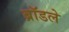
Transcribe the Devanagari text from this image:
ब्रॉडले